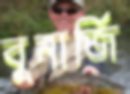
বুনার্জি